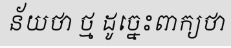
ន័យថា ថ្ម ដូច្នេះពាក្យថា